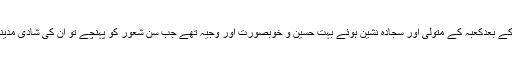
چونکہ یہ ’’ عبدمناف ‘‘ کے سب لڑکوں میں بڑے اور با صلاحیت تھے اس لئے عبد مناف کے بعدکعبہ کے متولی اور سجادہ نشین ہوئے بہت حسین و خوبصورت اور وجیہ تھے جب سن شعور کو پہنچے تو ان کی شادی مدینہ میں قبیلہ خزرج کے ایک سردار عمرو کی صاحبزادی سے ہوئی جن کا نام ’’ سلمیٰ ‘‘ تھا۔